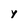
Character: y